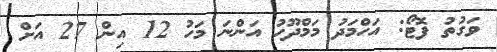
ވަގުތު ފޮޓޯ: އަހްމަދު މަމްދޫހު އަންނަ މަހު 12 އިން 27 އަށް